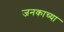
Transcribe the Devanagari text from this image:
जनकाच्या